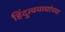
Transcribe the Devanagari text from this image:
हिंदुत्ववाद्यांच्या